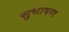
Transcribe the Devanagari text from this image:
सुभाषण